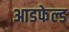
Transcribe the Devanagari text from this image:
आडफेल्ड